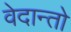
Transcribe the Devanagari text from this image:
वेदान्तो